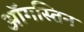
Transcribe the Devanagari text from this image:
ऑगस्तिन